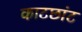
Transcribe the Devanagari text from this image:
काटछांट